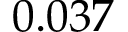
0 . 0 3 7